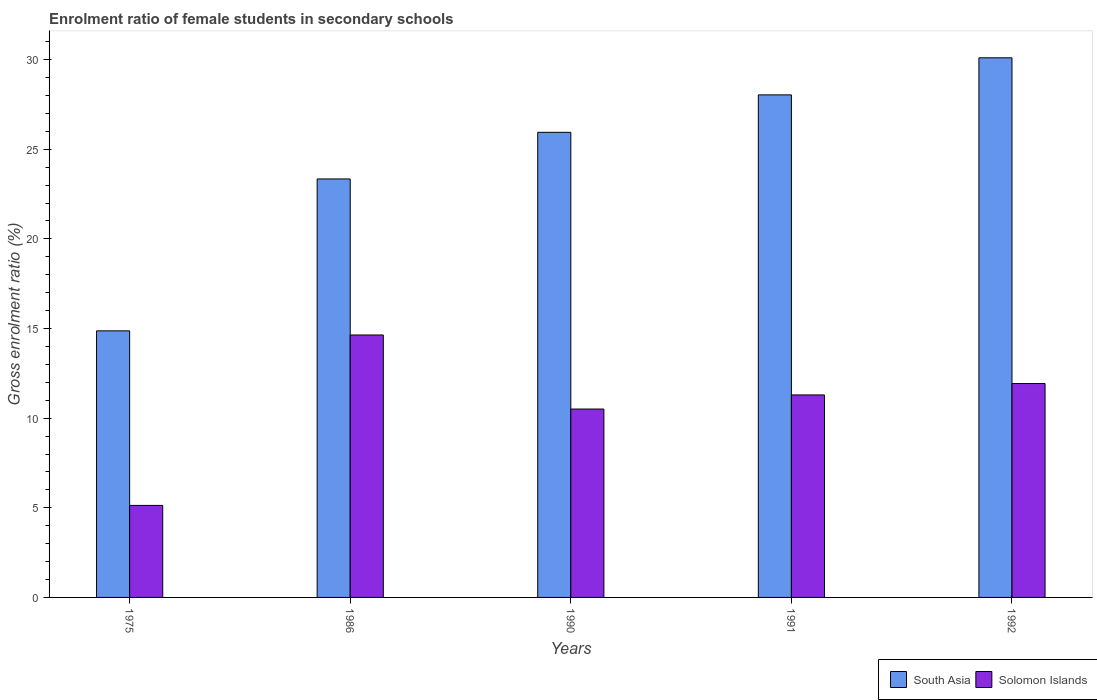
| Years | South Asia | Solomon Islands |
 | --- | --- | --- |
 | 1975 | 14.9 | 5.13 |
 | 1986 | 23.3 | 14.6 |
 | 1990 | 25.9 | 10.5 |
 | 1991 | 28 | 11.3 |
 | 1992 | 30.1 | 11.9 |